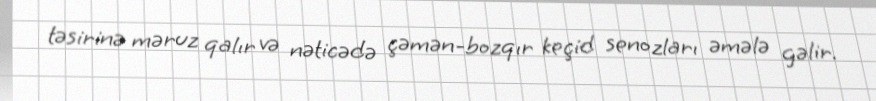
təsirinə məruz qalır və nəticədə çəmən-bozqır keçid senozları əmələ gəlir.